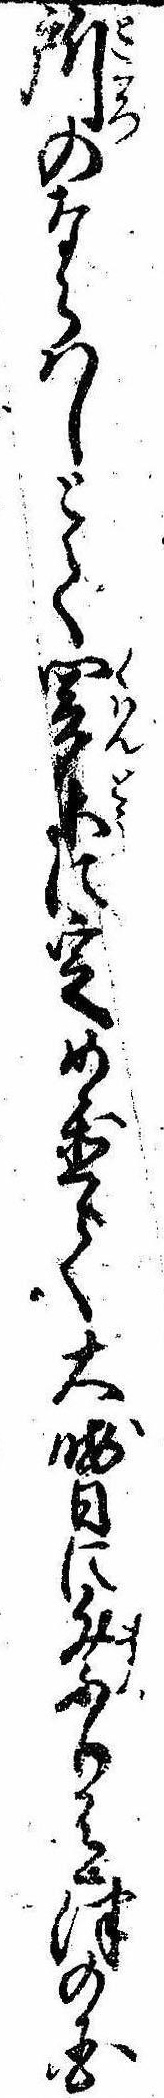
所のならはしとて関東に定め置て大晦日に祭り有津の国